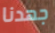
جهدنا